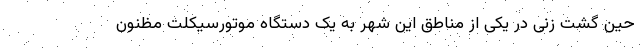
حین گشت زنی در یکی از مناطق این شهر به یک دستگاه موتورسیکلت مظنون